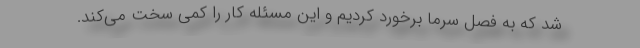
شد که به فصل سرما برخورد کردیم و این مسئله کار را کمی سخت می‌کند.